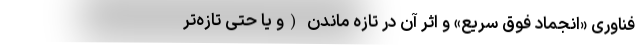
فناوری «انجماد فوق سریع» و اثر آن در تازه ماندن (و یا حتی تازه‌تر